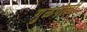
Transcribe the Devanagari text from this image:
गु़ळपोळी